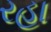
રહા